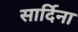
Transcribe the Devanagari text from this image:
सार्दिना